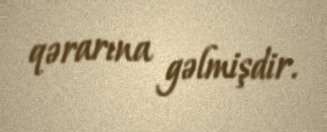
qərarına gəlmişdir.